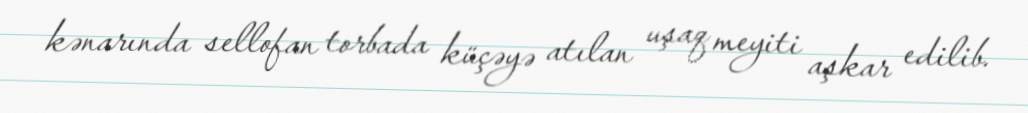
kənarında sellofan torbada küçəyə atılan uşaq meyiti aşkar edilib.